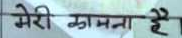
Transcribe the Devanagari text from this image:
मेरी कामना है।